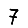
Digit: 7